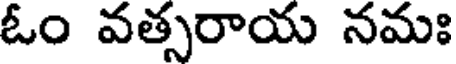
ఓం వత్సరాయ నమః